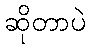
ဆိုတာပဲ